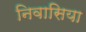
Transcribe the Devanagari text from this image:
निवासिया